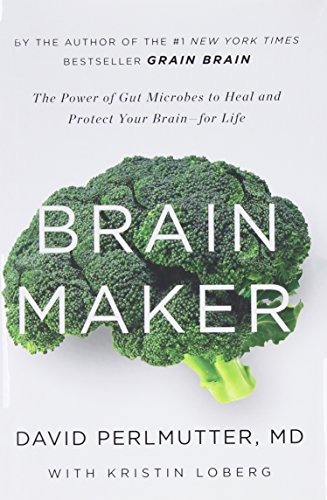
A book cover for Brain Maker: The Power of Gut Microbes to Heal and Protect Your BrainEEfor Life; David Perlmutter; Medical Books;